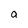
Character: a